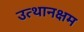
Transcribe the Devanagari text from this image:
उत्थानक्षम